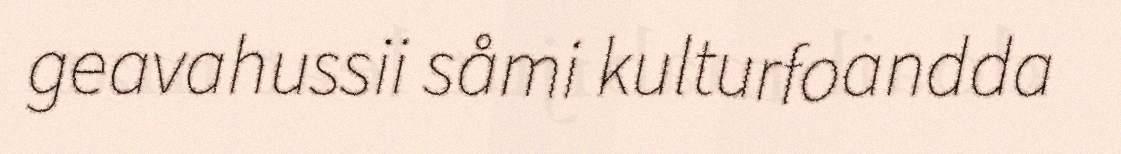
geavahussii såmi kulturfoandda